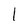
Character: 1